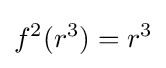
f^{2}(r^{3})=r^{3}